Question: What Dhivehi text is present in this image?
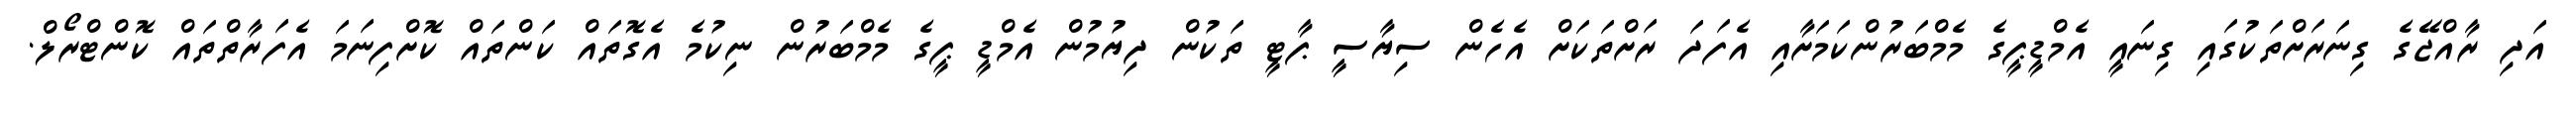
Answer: އަދި ރާއްޖޭގެ ގިނަރަށްތަކުގައި ގިނައީ އެމްޑީޕީގެ މެމްބަރުންކަމަށާއި އެފަދަ ރަށްތަކަށް އެހެން ސިޔާސީ ޕާޓީ ތަކުން ދިޔުމުން އެމްޑީ ޕީގެ މެމްބަރުން ނިކުމެ އެގޮތައް ކަންތައް ކޮށްފިނަމަ އެފަރާތްތައް ކޮންޓްރޯލް.